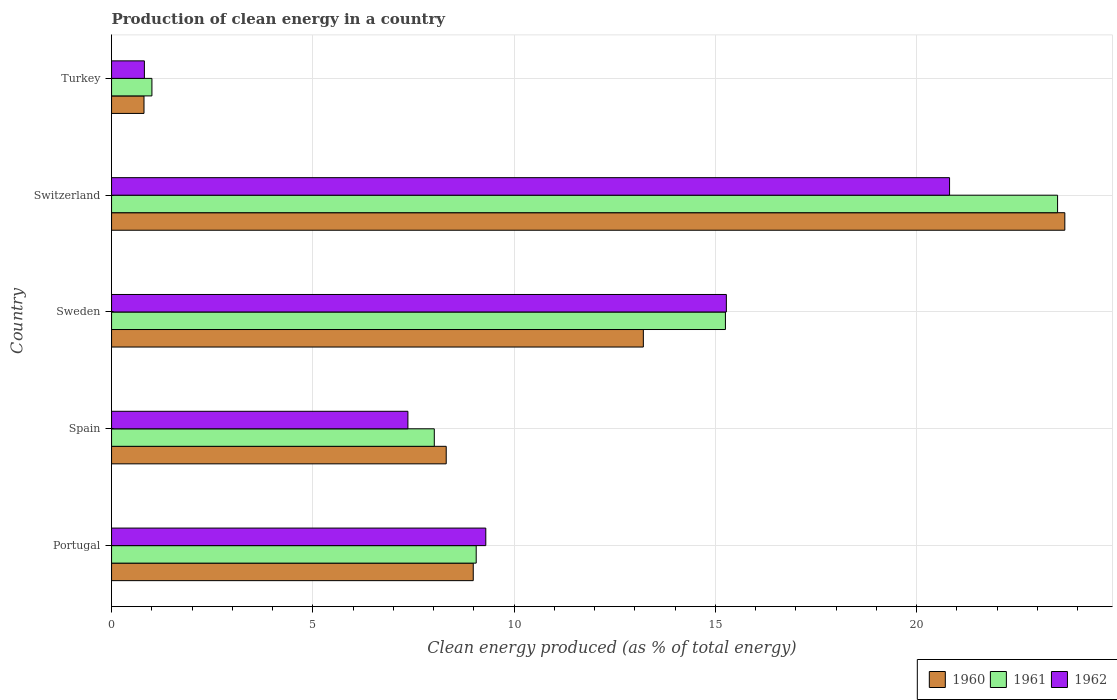
| Country | 1960 | 1961 | 1962 |
 | --- | --- | --- | --- |
 | Portugal | 8.99 | 9.06 | 9.3 |
 | Spain | 8.31 | 8.02 | 7.36 |
 | Sweden | 13.2 | 15.3 | 15.3 |
 | Switzerland | 23.7 | 23.5 | 20.8 |
 | Turkey | 0.806 | 1 | 0.815 |